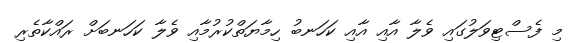
މި ފެސްޓިވަލުގައި ވެލާ އާއި އާއި ކަހަނބު ހިމާޔަތްކުރުމާއި ވެލާ ކަހަނބަށް ރައްކާތެރި